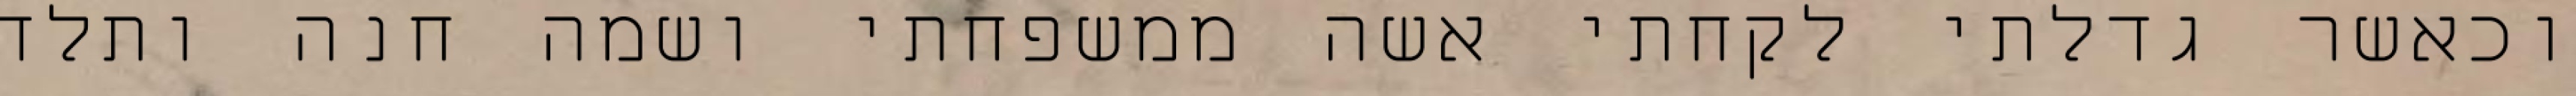
וכאשר גדלתי לקחתי אשה ממשפחתי ושמה חנה ותלד